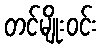
တင်မျိုးဝင်း